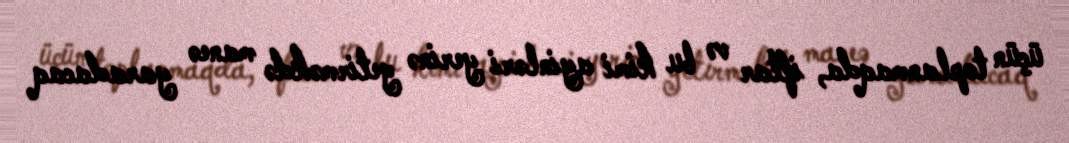
üçün toplanmaqda, iftar və bu kimi ayinləri yerinə yetirməkdə maneə yaradacaq